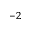
^ { - 2 }